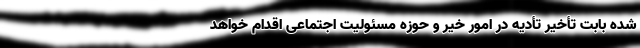
شده بابت تأخیر تأدیه در امور خیر و حوزه مسئولیت اجتماعی اقدام خواهد